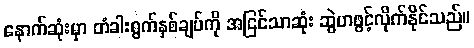
နောက်ဆုံးမှာ တံခါးရွက်နှစ်ချပ်ကို အငြင်သာဆုံး ဆွဲဟဖွင့်လိုက်နိုင်သည်။